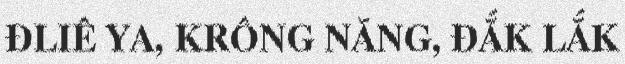
ĐLIÊ YA, KRÔNG NĂNG, ĐẮK LẮK